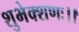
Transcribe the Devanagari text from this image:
शुभेक्शणः।।